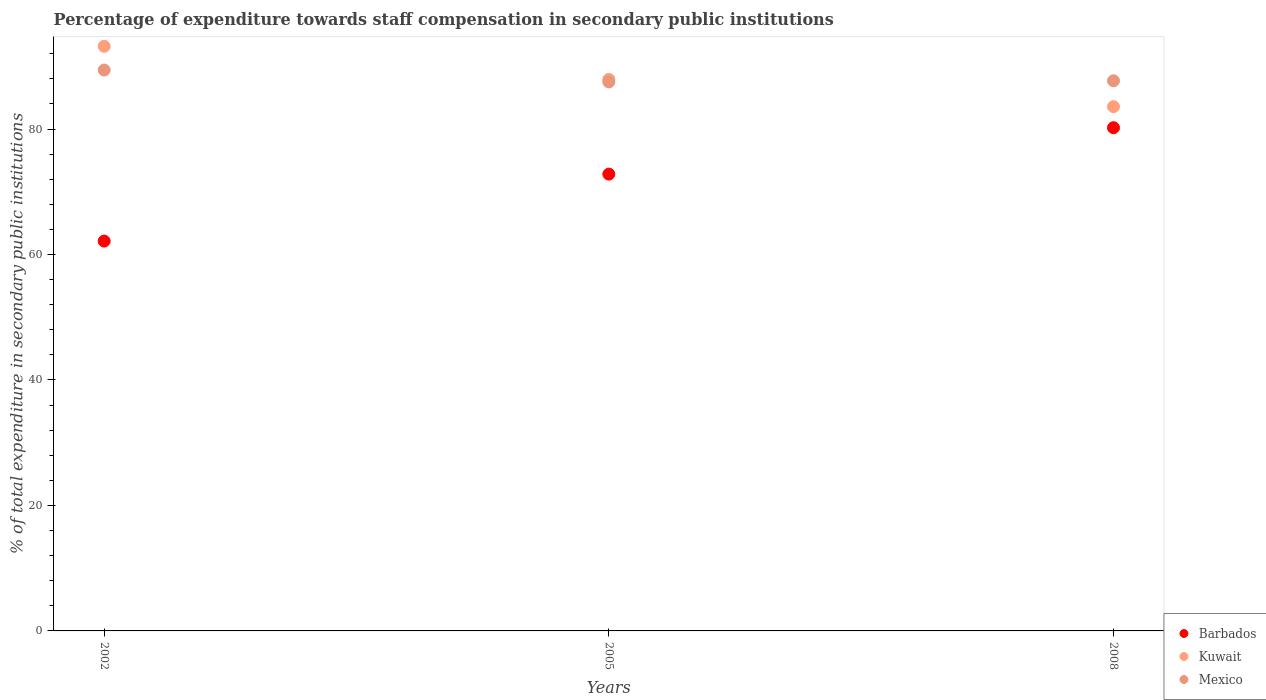
| Years | Barbados | Kuwait | Mexico |
 | --- | --- | --- | --- |
 | 2002 | 62.1 | 93.2 | 89.4 |
 | 2005 | 72.8 | 87.9 | 87.5 |
 | 2008 | 80.2 | 83.6 | 87.7 |